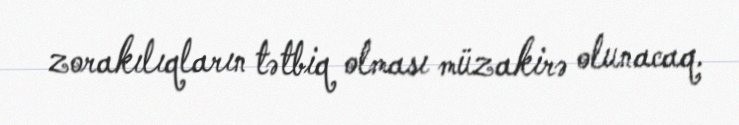
zorakılıqların tətbiq olması müzakirə olunacaq.